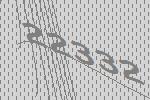
22332